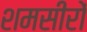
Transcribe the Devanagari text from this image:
शमसीरों